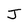
Character: J